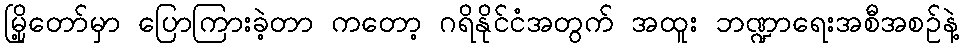
မြို့တော်မှာ ပြောကြားခဲ့တာ ကတော့ ဂရိနိုင်ငံအတွက် အထူး ဘဏ္ဍာရေးအစီအစဉ်နဲ့